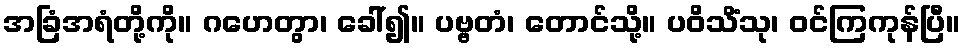
အခြံအရံတို့ကို။ ဂဟေတွာ၊ ခေါ်၍။ ပဗ္ဗတံ၊ တောင်သို့။ ပဝိသိံသု၊ ဝင်ကြကုန်ပြီ။